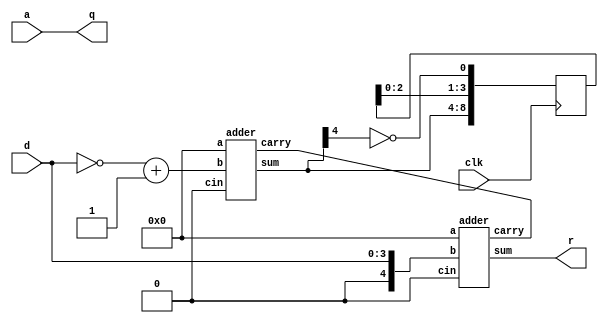
`timescale 1ns/1ns

module non_restoring_divider (clk,q,r,a,d);
output [3:0] q;
output [4:0] r;
input [3:0] a;
input [3:0] d;
input clk;
reg [4:0] one;
reg [8:0] A;
reg [4:0] C;
reg [4:0] D;
reg [7:0] buffer;// extra utility reg
reg e;
wire [4:0] minus;//wire for subtracting
wire [4:0] plus;//wire for adding
integer i = 0;
reg [4:0] carry;
always@(a)
begin
carry = 5'b00000;
one[4:0] = 5'b00001;
buffer[3:0] = d;
buffer[7:4] = 4'b0000;
C = ~buffer[4:0]+one;//taking the twos complement
D = buffer[4:0];//divisor to add
A[8:4] = 5'b00000;
A[3:0] = a;
end

always@(posedge clk)
begin
e=A[8];
A = A<<1;//shifitng left
#20 if(e==1'b0)
 A[8:4] = minus; //subtraction depending on last bit
 else
A[8:4] = plus; //addition
A[0] = ~A[8];
#20 $display("%b",A);
end
assign q = A[3:0];

adder subtracter (.sum(minus),.carry(),.a(A[8:4]),.b(C),.cin(carry[0]));// for subtraction
adder adding (.sum(plus),.carry(),.a(A[8:4]),.b(D),.cin(carry[0]));// for addition
adder remainder (.sum(r),.carry(),.a(A[8:4]),.b(D),.cin(carry[0]));// for addition
endmodule

module adder (sum,carry,a,b,cin);
output [4:0] sum;
output carry;
input [4:0] a;
input [4:0] b;
input cin;
wire [3:0] c;
// 8 instances of individual full adder blocks
FA FA0 (.s(sum[0]),.co(c[0]),.a(a[0]),.b(b[0]),.ci(cin));
FA FA1 (.s(sum[1]),.co(c[1]),.a(a[1]),.b(b[1]),.ci(c[0]));
FA FA2 (.s(sum[2]),.co(c[2]),.a(a[2]),.b(b[2]),.ci(c[1]));
FA FA3 (.s(sum[3]),.co(c[3]),.a(a[3]),.b(b[3]),.ci(c[2]));
FA FA4 (.s(sum[4]),.co(carry),.a(a[4]),.b(b[4]),.ci(c[3]));
endmodule

module FA (s,co,a,b,ci);
output s,co;
input a,b,ci;
wire ps,pc0,pc1;
//2 instances of individual half adders
HA HA0 (.ip1(a),.ip2(b),.hs(ps),.hc(pc0));
HA HA1 (.ip1(ps),.ip2(ci),.hs(s),.hc(pc1));
or (co,pc0,pc1);
endmodule

module HA (ip1,ip2,hs,hc);
output hs,hc;
input ip1,ip2;
xor (hs,ip1,ip2);
and (hc,ip1,ip2);
endmodule